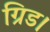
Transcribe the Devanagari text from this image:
ग्रिड।